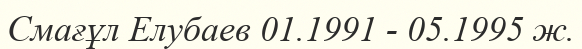
Смағұл Елубаев 01.1991 - 05.1995 ж.